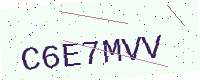
Text: C6E7MVV